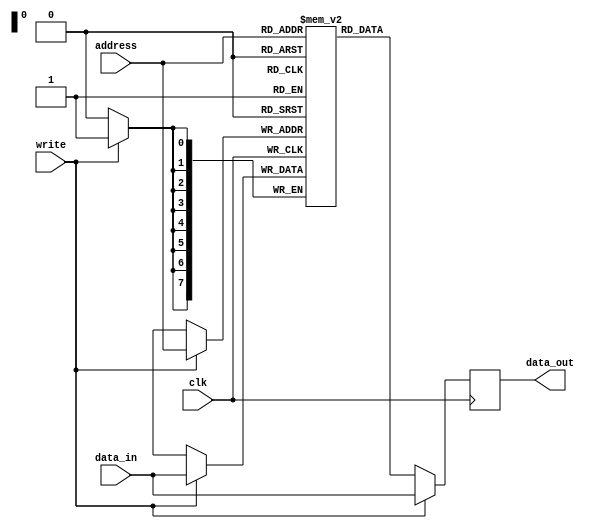
`timescale 1ns / 1ps
//////////////////////////////////////////////////////////////////////////////////
// Company: 
// Engineer: 
// 
// Design Name: 
// Module Name: ramLIFO
// Project Name: 
// Target Devices: 
// Tool Versions: 
// Description: 
// 
// Dependencies: 
// 
// Revision:
// Revision 0.01 - File Created
// Additional Comments:
// 
//////////////////////////////////////////////////////////////////////////////////

module ramLIFO(
    output reg [7:0] data_out,
    input wire [7:0] data_in,
    input wire [7:0] address,
    input wire write,
    input clk
    );
    
    parameter RAM_WIDTH = 8;
    parameter RAM_ADDR_BITS = 8;
    
    reg [RAM_WIDTH-1:0] ram [(2**RAM_ADDR_BITS)-1:0];
    
    // BRAM because synchronous
    always @(posedge clk)
    begin
        if(write) begin
            ram[address] <= data_in;
            data_out <= data_in;
        end
        else data_out <= ram[address];
    end

endmodule